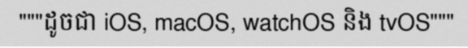
"""ដូចជា iOS, macOS, watchOS និង tvOS"""